Annual report on the mental hospital in the Central Provinces and Berar (Nagpur) - 1927-1951
Year: 1927
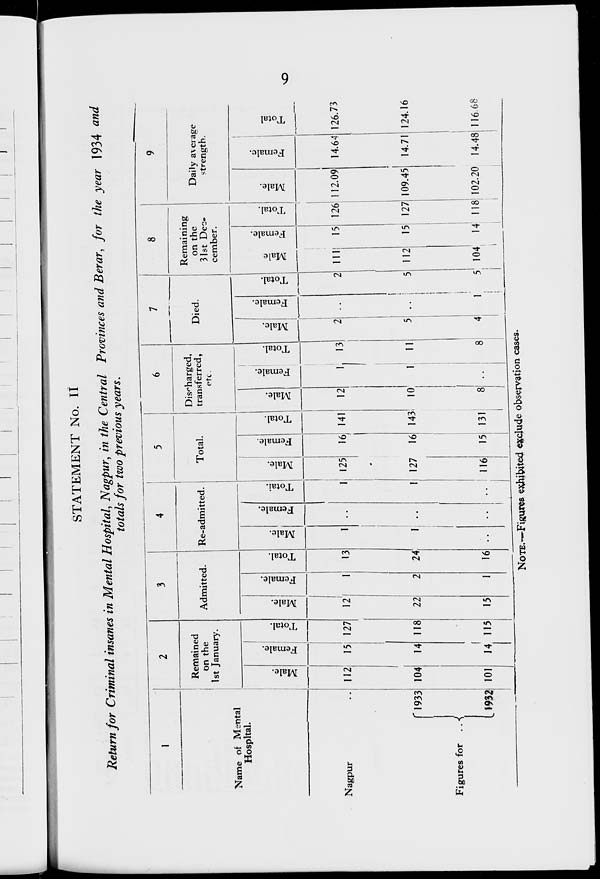
9
STATEMENT No. II
Return for Criminal insanes in Mental Hospital, Nagpur, in the Central Provinces and Berar, for the year 1934 and
totals for two previous years.
1
Name of Mental
Hospital.
Nagpur ..
Figures for ..
1933
2
Remained
on the
1st January.
Male.
112
104
101
Female.
15
14
14
Total.
127
118
115
3
Admitted.
Male.
12
22
15
Female.
1
2
1
Total.
13
24
16
4
Re-admitted.
Male.
1
1
..
Female.
..
..
..
Total.
1
1
..
5
Total.
Male.
125
127
116
Female.
16
16
15
Total.
141
143
131
6
Discharged,
transferred,
etc.
Male.
12
10
8
Female.
1
1
..
Total.
13
11
8
7
Died.
Male.
2
5
4
Female.
..
..
1
Total.
2
5
5
8
Remaining
on the
31st Dec¬
cember.
Male
111
112
104
Female.
15
15
14
Total.
126
127
118
9
Daily average
strength.
Male.
112.09
109.45
102.20
Female.
14.64
14.71
14.48
Total
126.73
124.16
116.68